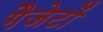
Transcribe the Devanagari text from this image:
गैजेटों